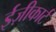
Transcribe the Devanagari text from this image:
ईज़ीकार्ट